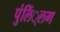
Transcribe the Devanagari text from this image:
पुंलिं्लग